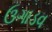
ઉગાડવ